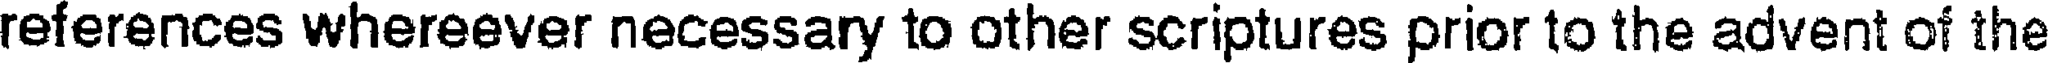
references whereever necessary to other scriptures prior to the advent of the